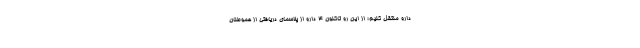
دارو منتقل کنیم؛ از این رو تاکنون ۴ دارو از پلاسمای دریافتی از هموطنان